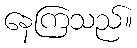
နေကြသည်။